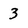
Character: 3